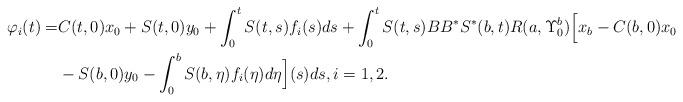
LaTeX: \begin{align*}\varphi_i(t)=&C(t,0)x_0+S(t,0)y_0+\int_0^t S(t,s)f_i(s)ds+\int_0^t S(t,s)BB^{*}S^{*}(b,t) R(a,\Upsilon_0^b)\Big[x_b-C(b,0)x_0\\&-S(b,0)y_0-\int_0^b S(b,\eta)f_i(\eta)d\eta\Big](s) ds,i=1,2.\end{align*}